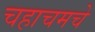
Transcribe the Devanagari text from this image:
चहाचमचे